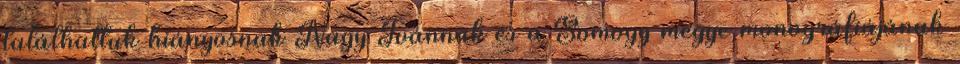
találhattuk hiányosnak Nagy Ivánnak és a Somogy megye monográfiájának